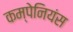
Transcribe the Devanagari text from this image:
कम्पेनियंस